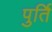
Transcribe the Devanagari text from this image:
पुर्ति